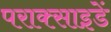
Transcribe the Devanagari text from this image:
पराक्साइडें